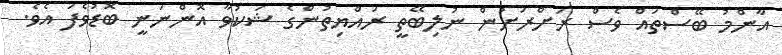
އާންމު ބޭސްތައް ވެސް ރަށްރަށުން ނުލިބޭތީ ރައްޔިތުންގެ ޝަކުވާ އޮންނަނީ ބޮޑުވެފަ އެވެ.